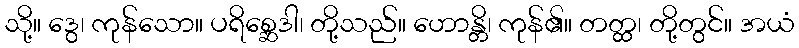
သို့။ ဒွေ၊ ကုန်သော။ ပရိစ္ဆေဒါ၊ တို့သည်။ ဟောန္တိ၊ ကုန်၏။ တတ္ထ၊ တို့တွင်။ အယံ